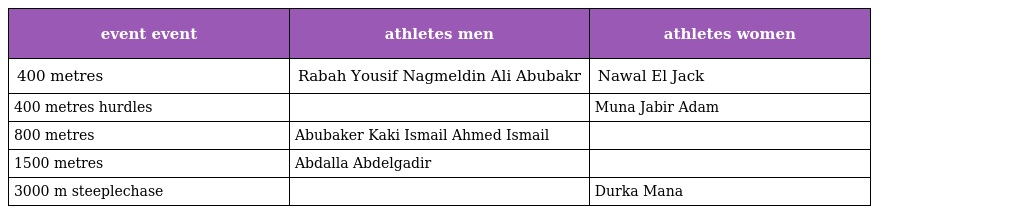
| event event | athletes men | athletes women |
 | --- | --- | --- |
 | 400 metres | Rabah Yousif Nagmeldin Ali Abubakr | Nawal El Jack |
 | 400 metres hurdles |  | Muna Jabir Adam |
 | 800 metres | Abubaker Kaki Ismail Ahmed Ismail |  |
 | 1500 metres | Abdalla Abdelgadir |  |
 | 3000 m steeplechase |  | Durka Mana |